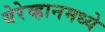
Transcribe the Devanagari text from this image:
येरेव्हानमध्ये